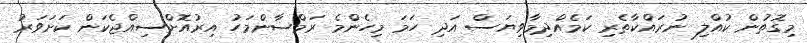
މިގޮތުން ކުއްލި ނުރައްކާތެރި ކަމެއްދިމާވިޔަސް އަދި ހަމަ މިހެންމެ ރަމްޟާންމަހު އިރުއޮށްސިއްޖެކަން ކަށަވަރު